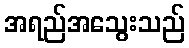
အရည်အသွေးသည်